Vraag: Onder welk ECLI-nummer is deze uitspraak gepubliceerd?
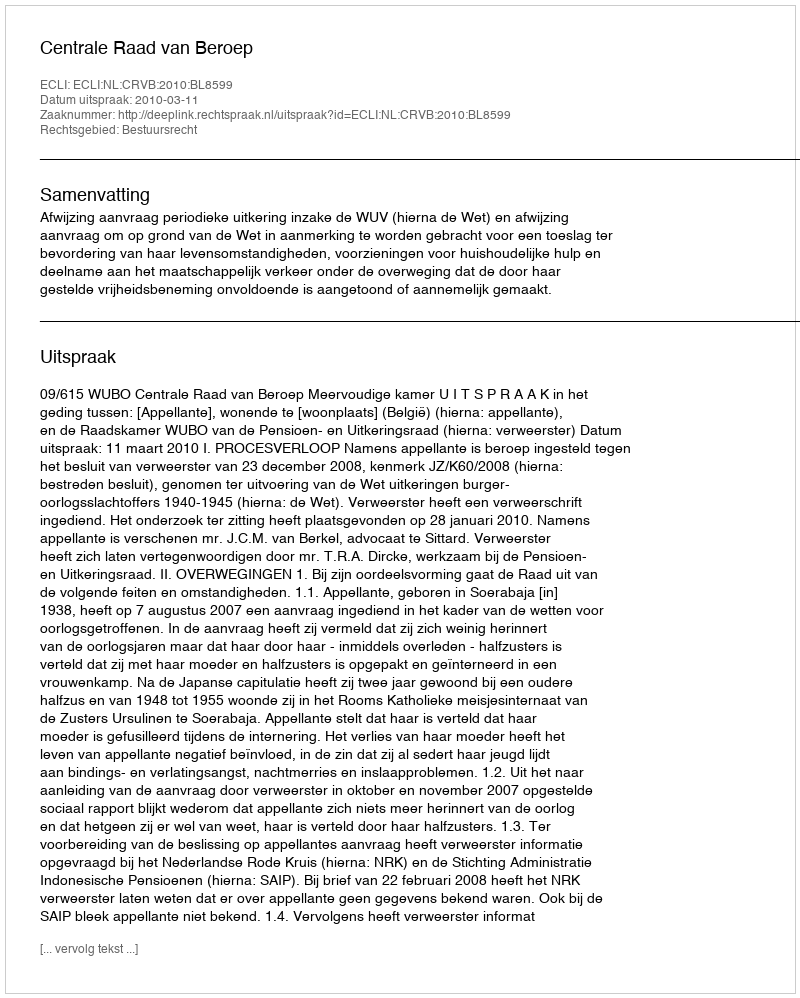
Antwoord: ECLI:NL:CRVB:2010:BL8599